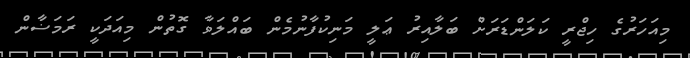
މިއަހަރުގެ ހިޖްރީ ކަލަންޑަރަށް ބަލާއިރު ޢަލީ މަނިކުފާނުމެން ބައްލަވާ ގޮތުން މިއަދަކީ ރަމަޟާން